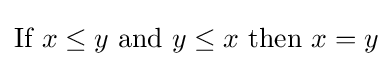
{\mbox{If }}x\leq y{\mbox{ and }}y\leq x{\mbox{ then }}x=y